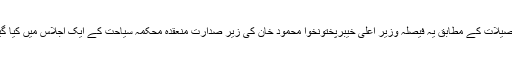
تفصیلات کے مطابق یہ فیصلہ وزیر اعلیٰ خیبرپختونخوا محمود خان کی زیر صدارت منعقدہ محکمہ سیاحت کے ایک اجلاس میں کیا گیا۔